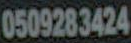
0509283424